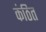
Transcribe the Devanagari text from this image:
कंठित